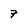
Character: 7